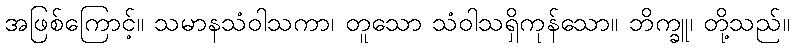
အဖြစ်ကြောင့်။ သမာနသံဝါသကာ၊ တူသော သံဝါသရှိကုန်သော။ ဘိက္ခူ၊ တို့သည်။